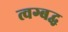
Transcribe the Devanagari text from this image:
त्वग्बद्ध